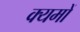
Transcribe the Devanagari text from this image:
क्यमों